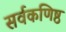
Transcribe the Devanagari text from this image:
सर्वकणिष्ठ